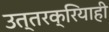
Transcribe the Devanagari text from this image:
उत्तरक्रियाही